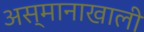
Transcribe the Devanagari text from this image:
अस्मानाखाली